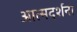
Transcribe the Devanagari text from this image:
आत्मदर्शना